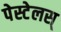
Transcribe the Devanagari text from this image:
पेस्टेलस्